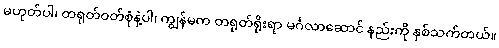
မဟုတ်ပါ၊ တရုတ်ဝတ်စုံနဲ့ပါ၊ ကျွန်မက တရုတ်ရိုးရာ မင်္ဂလာဆောင် နည်းကို နှစ်သက်တယ်။